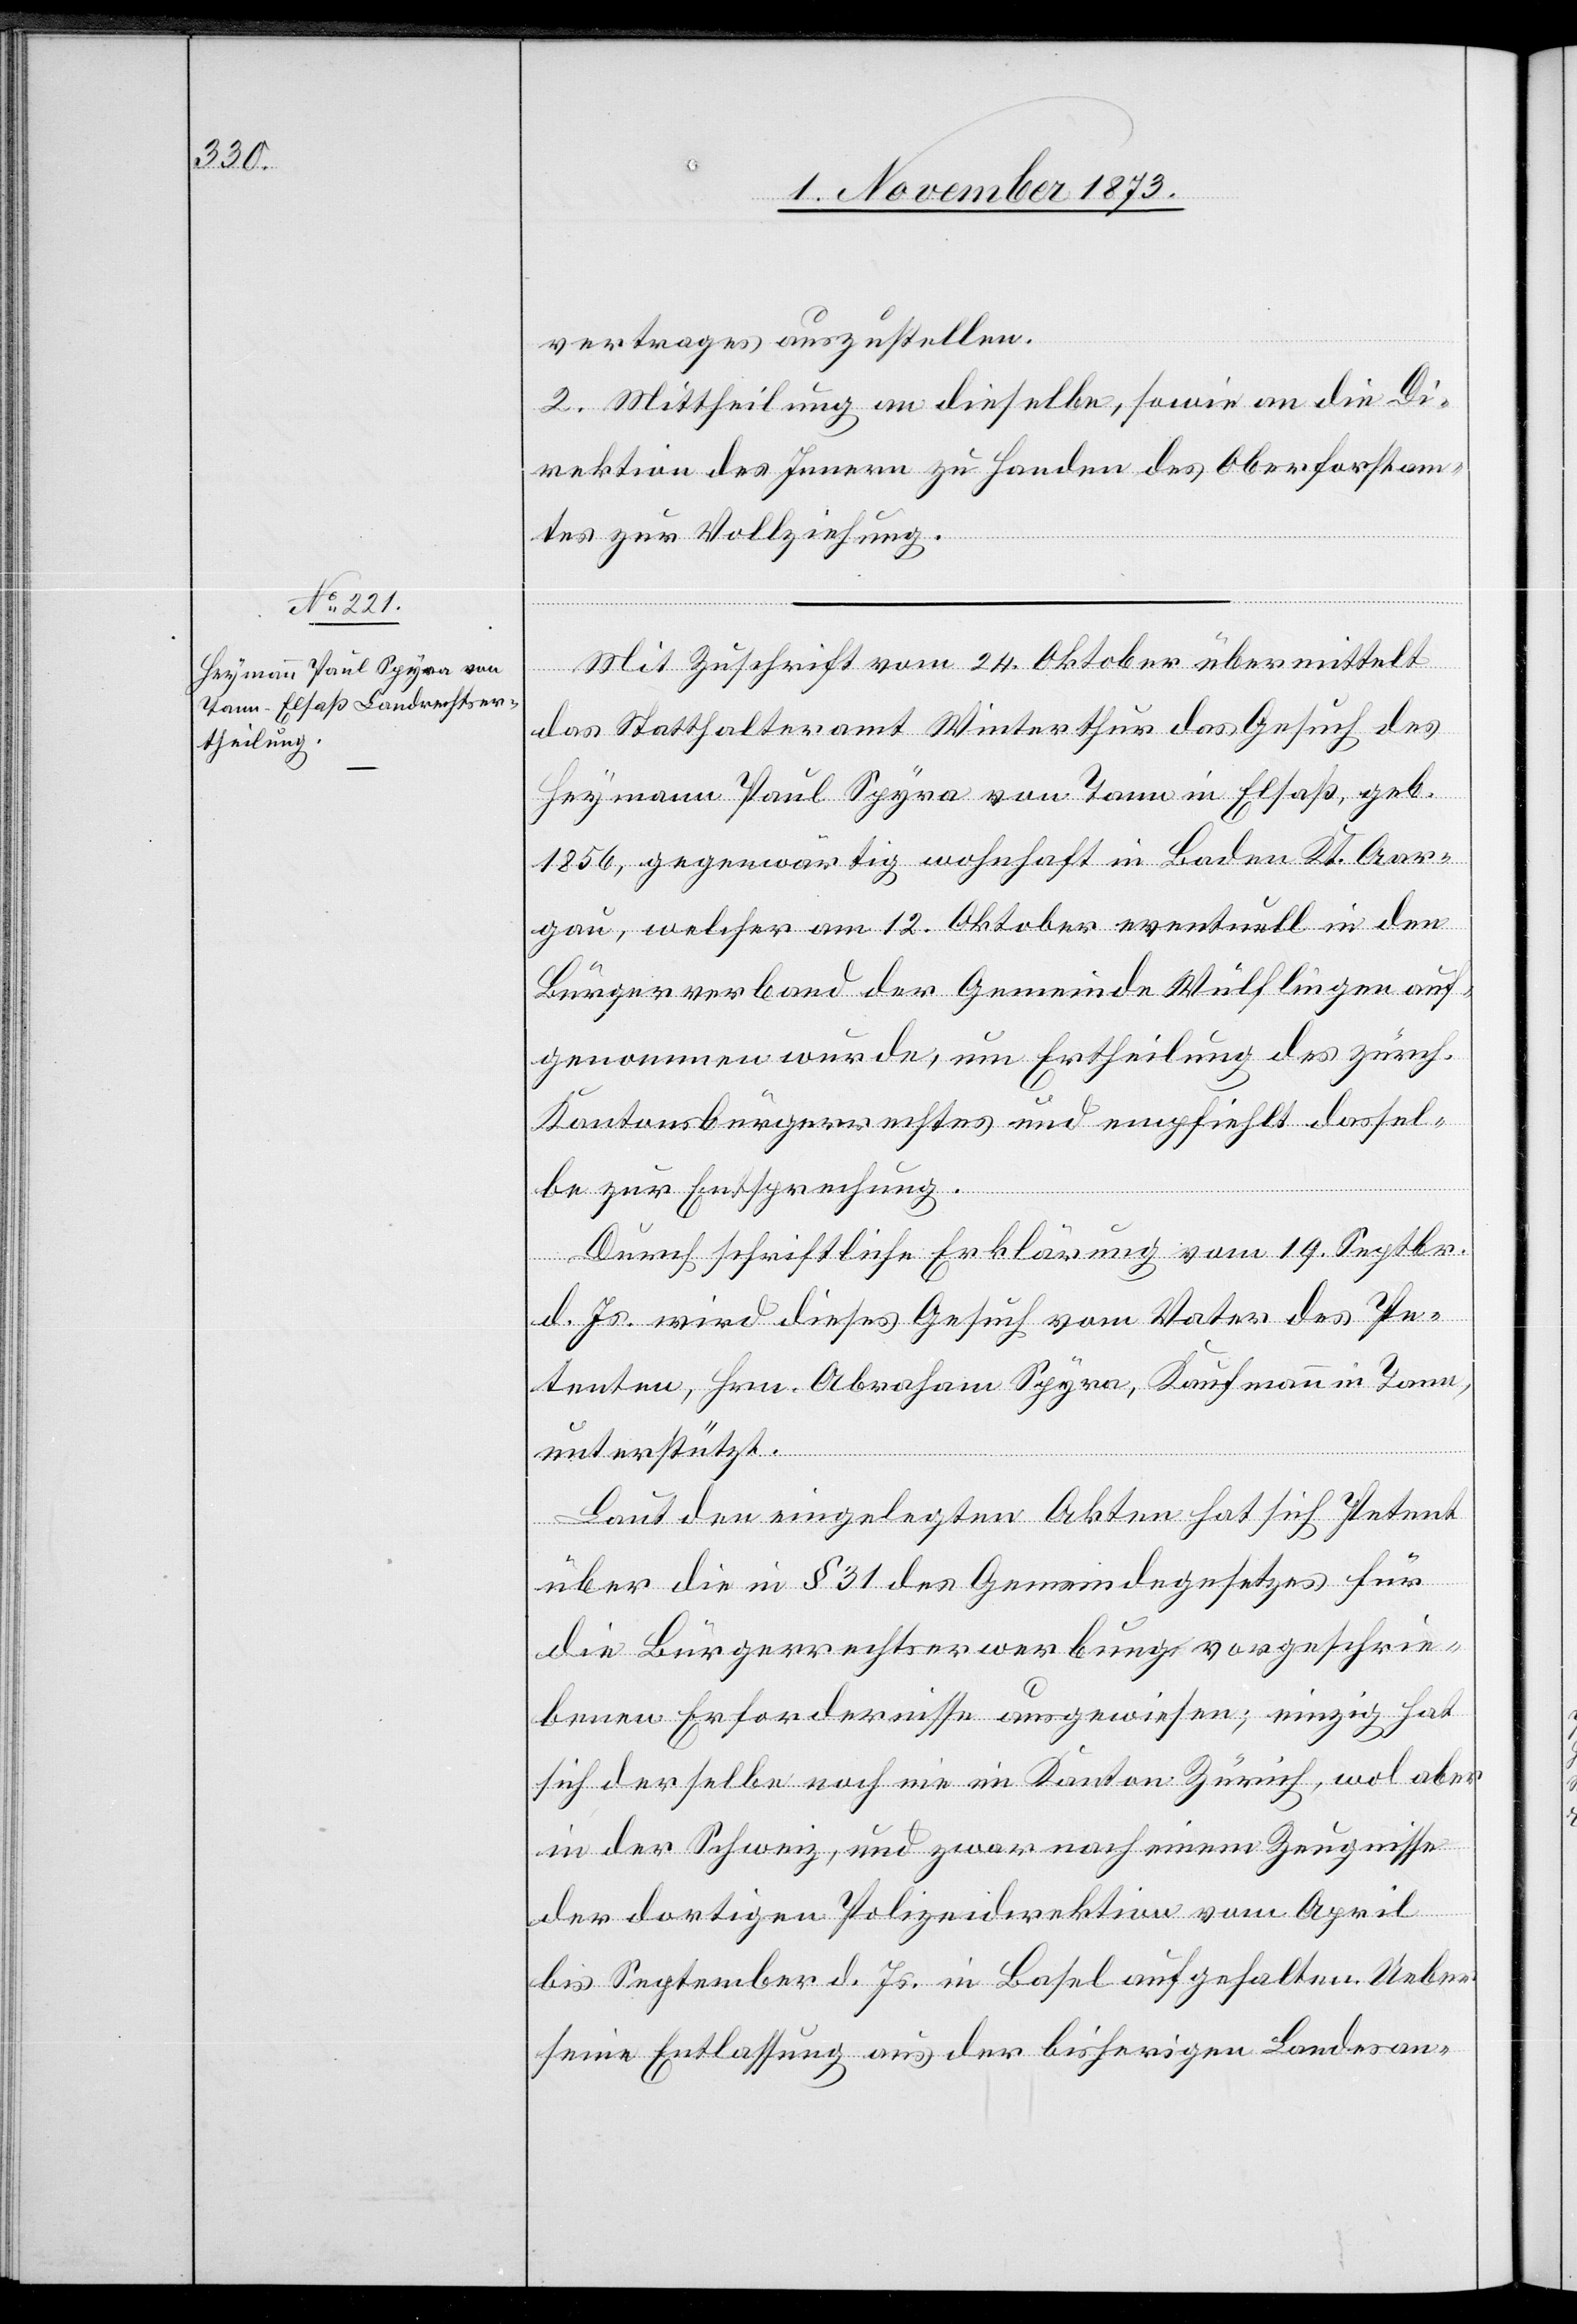
vertrages auszustellen.
2. Mittheilung an dieselbe, sowie an die Di¬
rektion des Innern zu Handen des Oberforstam¬
tes zur Vollziehung.
Mit Zuschrift vom 24. Oktober übermittelt
das Statthalteramt Winterthur das Gesuch des
Heymann Paul Spyra von Tann in Elsaß, geb.
1856, gegenwärtig wohnhaft in Baden Kt. Aar¬
gau, welcher am 12. Oktober eventuell in den
Bürgerverband der Gemeinde Wülflingen auf¬
genommen wurde, um Ertheilung des zürch.
Kantonsbürgerrechtes und empfiehlt dassel¬
be zur Entsprechung.
Durch schriftliche Erklärung vom 19. Septbr.
d. Js. wird dieses Gesuch vom Vater des Pe¬
tenten, Hrn. Abraham Spyra, Kaufmann in Tann,
unterstützt.
Laut den eingelegten Akten hat sich Petent
über die in § 31 des Gemeindegesetzes für
die Bürgerrechtserwerbung vorgeschrie¬
benen Erfordernisse ausgewiesen; einzig hat
sich derselbe noch nie im Kanton Zürich, wol aber
in der Schweiz, und zwar nach einem Zeugnisse
der dortigen Polizeidirektion vom April
bis September d. Js. in Basel aufgehalten. Ueber
seine Entlassung aus der bisherigen Landesan-